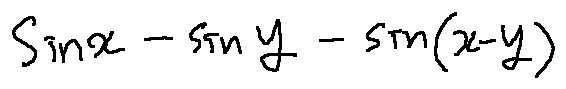
\sin x - \sin y - \sin ( x - y )